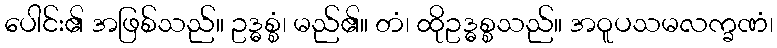
ပေါင်း၏ အဖြစ်သည်။ ဥဒ္ဓစ္စံ၊ မည်၏။ တံ၊ ထိုဥဒ္ဓစ္စသည်။ အဝူပသမလက္ခဏံ၊